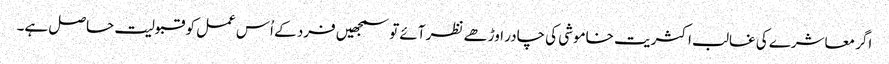
اگر معاشرے کی غالب اکثریت خاموشی کی چادر اوڑھے نظر آئے تو سمجھیں فرد کے اُس عمل کو قبولیت حاصل ہے۔